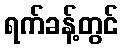
ရက်ခန့်တွင်